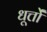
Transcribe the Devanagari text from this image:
धूर्त्तों